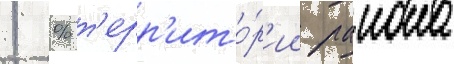
1 % т'ерр'ито́р'ии раиона